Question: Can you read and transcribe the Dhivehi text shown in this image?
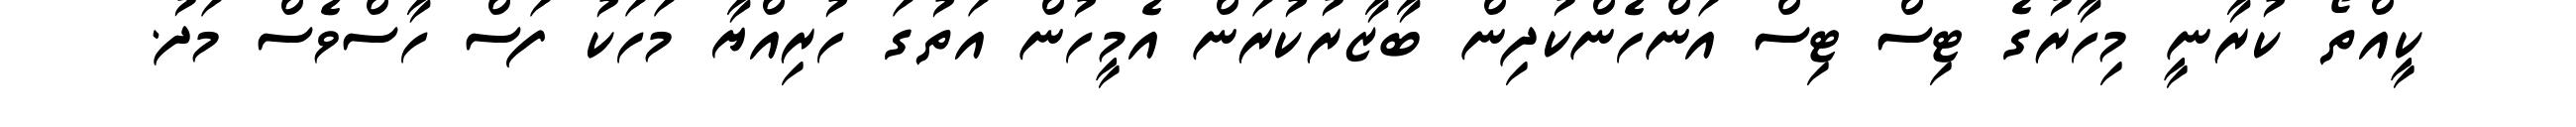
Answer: ކީއްތޯ ކުރާނީ މިހާރުގެ ޓިސް ޓިސް އަންހެންކުދިން ބާޒާރުކުރަން އެމީހުން އަތުގަ ހުރިއްޔާ މަހަކު ފަސް ހާސްވެސް މަދު.